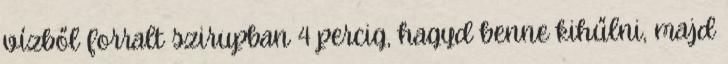
vízből forralt szirupban 4 percig, hagyd benne kihűlni, majd